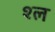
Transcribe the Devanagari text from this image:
श्‍ल